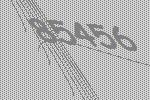
85456